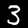
Label: 3